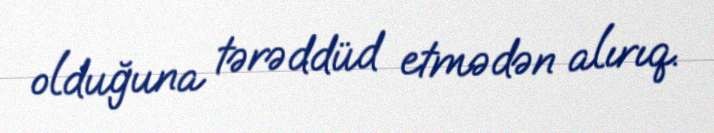
olduğuna tərəddüd etmədən alırıq.